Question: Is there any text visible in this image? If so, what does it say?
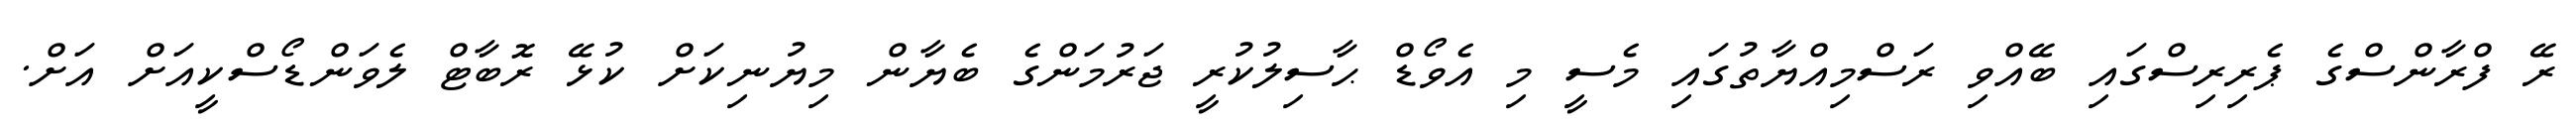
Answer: ރޭ ފްރާންސްގެ ޕެރިރިސްގައި ބޭއްވި ރަސްމިއްޔާތުގައި މެސީ މި އެވޯޑް ޙާސިލުކުރީ ޖަރުމަންގެ ބެޔާން މިޔުނިކަށް ކުޅޭ ރޮބާޓް ލެވަންޑޯސްކީއަށް އަށް.